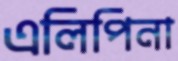
এলিপিনা